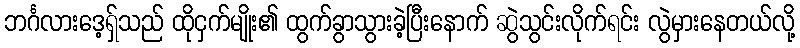
ဘင်္ဂလားဒေ့ရ်ှသည် ထိုငှက်မျိုး၏ ထွက်ခွာသွားခဲ့ပြီးနောက် ဆွဲသွင်းလိုက်ရင်း လွဲမှားနေတယ်လို့